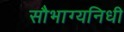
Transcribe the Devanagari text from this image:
सौभाग्यनिधी